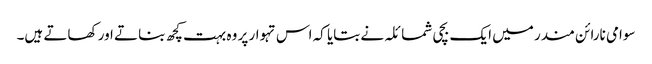
سوامی نارائن مندر میں ایک بچی شمائلہ نے بتایا کہ اس تہوار پر وہ بہت کچھ بناتے اور کھاتے ہیں۔